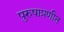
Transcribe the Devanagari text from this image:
पुरुषाप्रणीत